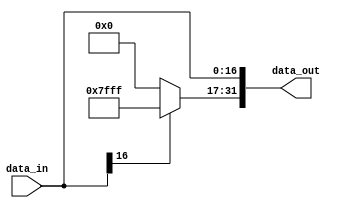
module signExtender(data_out, data_in); 
    input [16:0] data_in; 
    output [31:0] data_out; 

    wire w_sign;
    assign w_sign = data_in[16]; 
    wire [15:0] upperBits; 
    assign upperBits = w_sign ? 16'b1111111111111111 : 16'b0; 
    
    assign data_out[16:0] = data_in; 
    assign data_out[31:17] = upperBits; 

endmodule